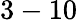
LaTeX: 3-10